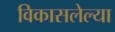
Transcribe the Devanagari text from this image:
विकासलेल्या